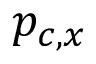
p _ { c , x }